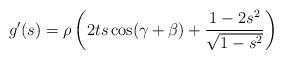
LaTeX: \begin{align*}g'(s)=\rho \left(2t s \cos(\gamma+\beta)+\frac{1-2s^2}{\sqrt{1-s^2}}\right)\end{align*}